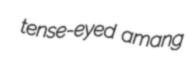
tense-eyed amang